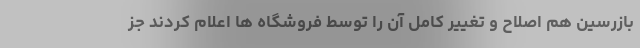
بازرسین هم اصلاح و تغییر کامل آن را توسط فروشگاه ها اعلام کردند جز